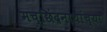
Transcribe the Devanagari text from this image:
मच्छिंद्रनाथांच्या